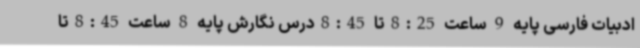
ادبیات فارسی پایه 9 ساعت 8:25تا 8:45درس نگارش پایه 8 ساعت 8:45تا